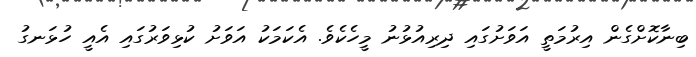
ބިނާކޮށްގެން އިރުމަތީ އަވަށުގައި ދިރިއުޅުނު މީހެކެވެ. އެކަމަކު އަވަށު ކުޅިވަރުގައި އެއީ ހުޅަނގު